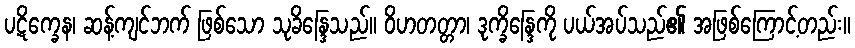
ပဋိက္ခေန၊ ဆန့်ကျင်ဘက် ဖြစ်သော သုခိန္ဒြေသည်။ ဝိဟတတ္တာ၊ ဒုက္ခိန္ဒြေကို ပယ်အပ်သည်၏ အဖြစ်ကြောင့်တည်း။